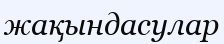
жақындасулар